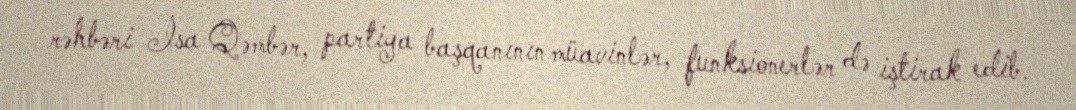
rəhbəri İsa Qəmbər, partiya başqanının müavinlər, funksionerlər də iştirak edib.